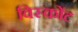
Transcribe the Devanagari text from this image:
विस्कोंट